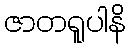
ဇာတရူပါနိ